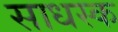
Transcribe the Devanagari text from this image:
साधस्क